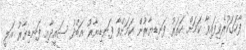
ފާހަގަކުރެވިފައިވާ ކަމަށް ހަތަރު ފަނޑިޔާރުން ކަމަށްވާ ފަނޑިޔާރު އަބްދު ސައީދާއި ފަނޑިޔާރު އަލީ